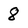
Character: 8